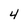
Character: 4